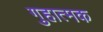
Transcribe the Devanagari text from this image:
गुहात्मक